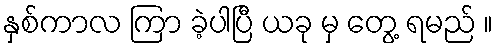
နှစ်ကာလ ကြာ ခဲ့ပါပြီ ယခု မှ တွေ့ ရမည် ။